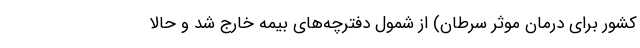
کشور برای درمان موثر سرطان) از شمول دفترچه‌های بیمه خارج شد و حالا